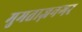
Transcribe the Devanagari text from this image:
मुमताज़नगर